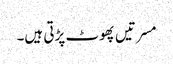
مسرتیں پھوٹ پڑتی ہیں۔